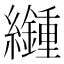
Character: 𦇮